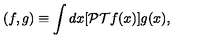
( f , g ) \equiv \int d x [ { \cal P T } f ( x ) ] g ( x ) ,